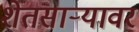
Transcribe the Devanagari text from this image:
शेतसाऱ्यावर